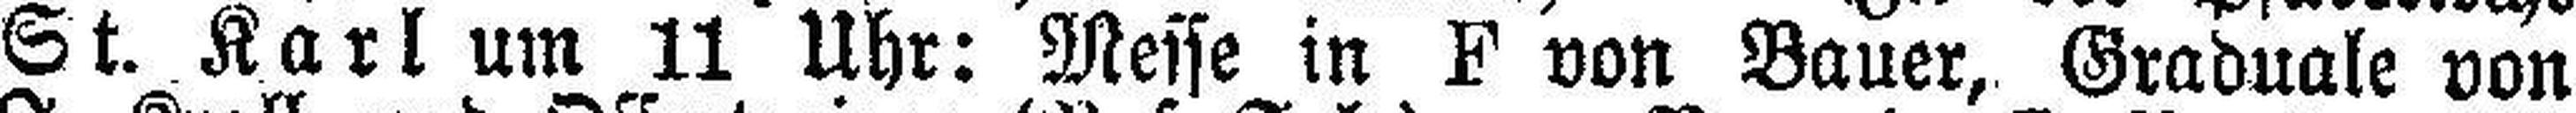
St. Karl um 11 Uhr: Mese in F von Bauer, Graduale von